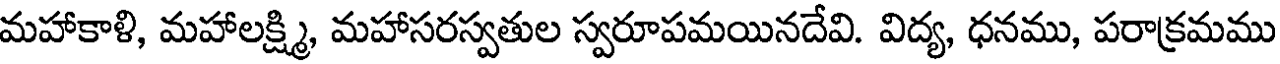
మహాకాళి, మహాలక్ష్మి, మహాసరస్వతుల స్వరూపమయినదేవి. విద్య, ధనము, పరాక్రమము